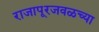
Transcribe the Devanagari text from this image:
राजापूरजवळच्या